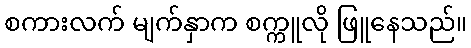
စကားလက် မျက်နှာက စက္ကူလို ဖြူနေသည်။